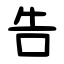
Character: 告